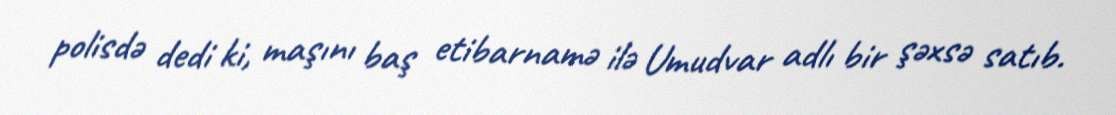
polisdə dedi ki, maşını baş etibarnamə ilə Umudvar adlı bir şəxsə satıb.